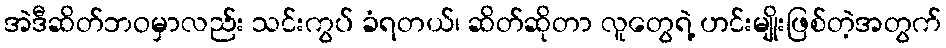
အဲဒီဆိတ်ဘဝမှာလည်း သင်းကွပ် ခံရတယ်၊ ဆိတ်ဆိုတာ လူတွေရဲ့ ဟင်းမျိုးဖြစ်တဲ့အတွက်